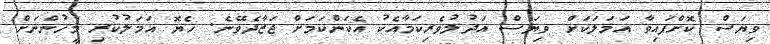
ވިޔަސް ކޮށްފައިވާ އަމަލަކަށް ވިޔަސް އަދުލުވެރިކަމާއެކު އެކަންކަމަށް ޖަޒާދެވޭނެ. ހެޔޮ އަމަލުކުރި މީހުންނަށް